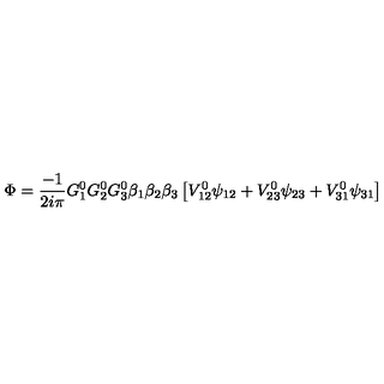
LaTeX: \Phi = { \frac { - 1 } { 2 i \pi } } G _ { 1 } ^ { 0 } G _ { 2 } ^ { 0 } G _ { 3 } ^ { 0 } \beta _ { 1 } \beta _ { 2 } \beta _ { 3 } \left[ V _ { 1 2 } ^ { 0 } \psi _ { 1 2 } + V _ { 2 3 } ^ { 0 } \psi _ { 2 3 } + V _ { 3 1 } ^ { 0 } \psi _ { 3 1 } \right]